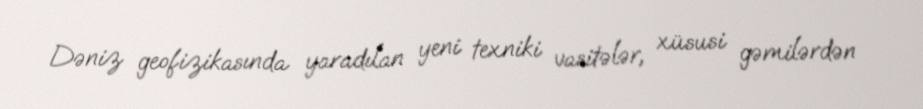
Dəniz geofizikasında yaradılan yeni texniki vasitələr, xüsusi gəmilərdən